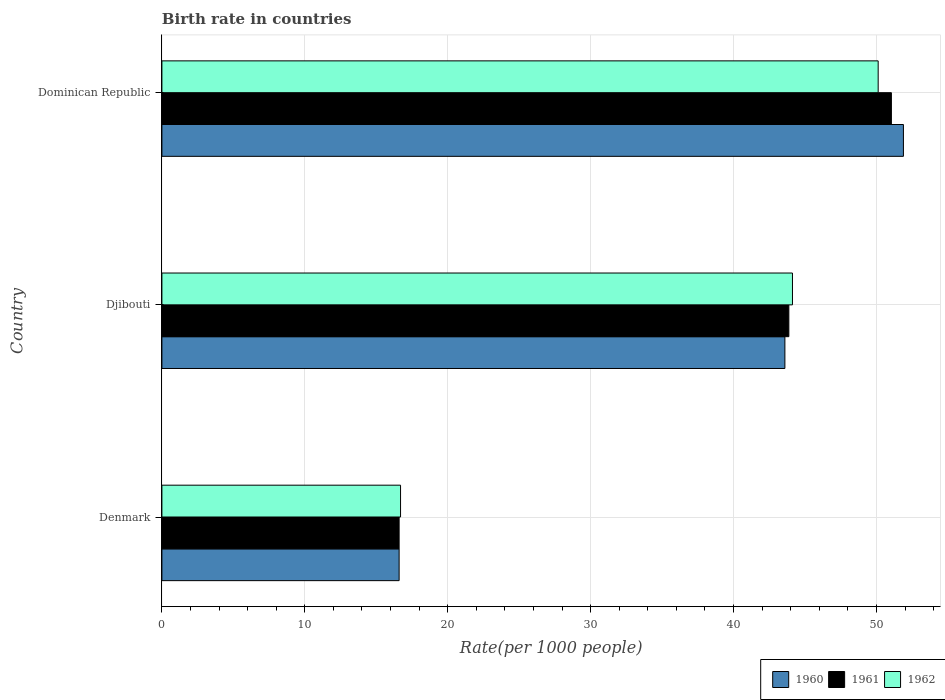
| Country | 1960 | 1961 | 1962 |
 | --- | --- | --- | --- |
 | Denmark | 16.6 | 16.6 | 16.7 |
 | Djibouti | 43.6 | 43.9 | 44.1 |
 | Dominican Republic | 51.9 | 51 | 50.1 |